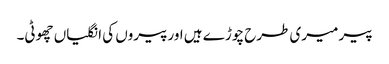
پیر میری طرح چوڑے ہیں اورپیروں کی انگلیاں چھوٹی۔